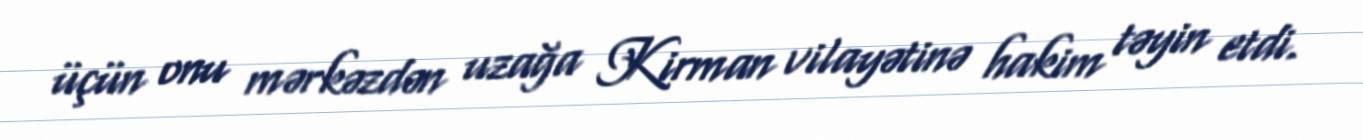
üçün onu mərkəzdən uzağa Kirman vilayətinə hakim təyin etdi.